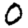
Digit: 0